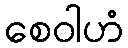
စေဝါဟံ